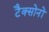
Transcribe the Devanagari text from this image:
टैक्सोनों